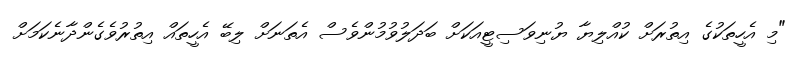
"މި އެހީތަކުގެ އިތުރަށް ކުއްލިޔާ ޔުނިވަސިޓީއަކަށް ބަދަލުވުމުންވެސް އެތަނަށް ލިބޭ އެހީތައް އިތުރުވެގެންދާނެކަމަށް